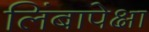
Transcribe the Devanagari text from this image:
लिंबापेक्षा